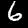
Label: 6